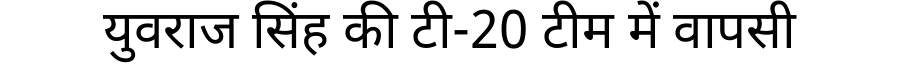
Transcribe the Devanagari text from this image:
युवराज सिंह की टी-20 टीम में वापसी